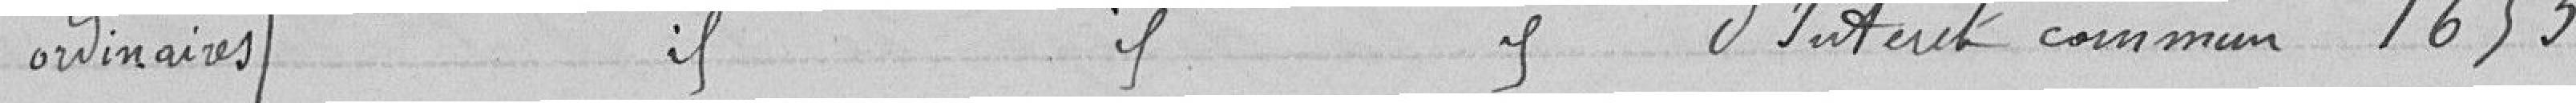
ordinaires { Pour contingents dus aux chemins d'intérêt commun 1653